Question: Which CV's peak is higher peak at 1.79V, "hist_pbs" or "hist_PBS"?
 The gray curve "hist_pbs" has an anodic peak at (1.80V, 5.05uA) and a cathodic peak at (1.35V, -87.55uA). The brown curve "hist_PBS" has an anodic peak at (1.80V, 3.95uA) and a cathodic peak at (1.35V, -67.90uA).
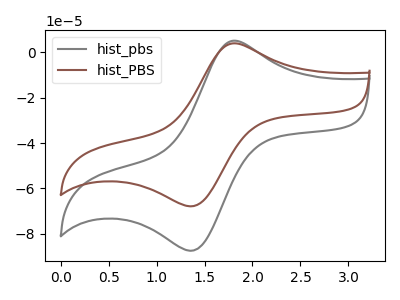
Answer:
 <answer>The peak at 1.79V is higher in "hist_pbs" than in "hist_PBS".</answer>
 <eval>higher</eval>